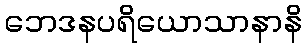
ဘေဒနပရိယောသာနာနိ